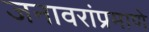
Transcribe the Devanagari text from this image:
जनावरांप्रमाणे